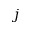
j